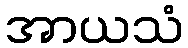
အာယသံ